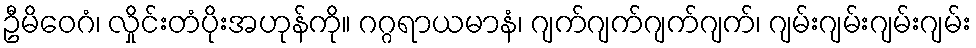
ဦမိဝေဂံ၊ လှိုင်းတံပိုးအဟုန်ကို။ ဂဂ္ဂရာယမာနံ၊ ဂျက်ဂျက်ဂျက်ဂျက်၊ ဂျမ်းဂျမ်းဂျမ်းဂျမ်း